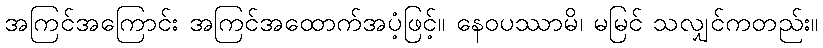
အကြင်အကြောင်း အကြင်အထောက်အပံ့ဖြင့်။ နေဝပဿာမိ၊ မမြင် သလျှင်ကတည်း။